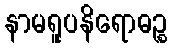
နာမရူပနိရောဓဉ္စ